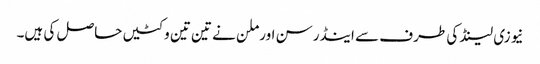
نیوزی لینڈ کی طرف سے اینڈرسن اور ملن نے تین تین وکٹیں حاصل کی ہیں۔